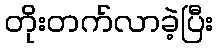
တိုးတက်လာခဲ့ပြီး